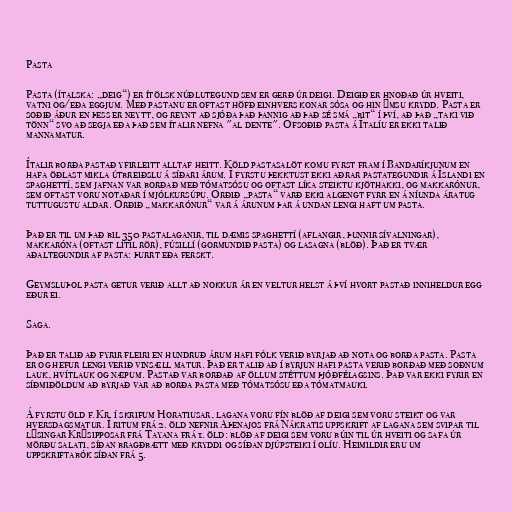
Pasta

Pasta (ítalska: „deig“) er ítölsk núðlutegund sem er gerð úr deigi. Deigið er hnoðað úr hveiti,
vatni og/eða eggjum. Með pastanu er oftast höfð einhvers konar sósa og hin ýmsu krydd. Pasta er
soðið áður en þess er neytt, og reynt að sjóða það þannig að það sé smá „bit“ í því, að það „taki við
tönn“ svo að segja eða það sem ítalir nefna "al dente". Ofsoðið pasta á Ítalíu er ekki talið
mannamatur.

Ítalir borða pastað yfirleitt alltaf heitt. Köld pastasalöt komu fyrst fram í Bandaríkjunum en
hafa öðlast mikla útbreiðslu á síðari árum. Í fyrstu þekktust ekki aðrar pastategundir á Íslandi en
spaghettí, sem jafnan var borðað með tómatsósu og oftast líka steiktu kjöthakki, og makkarónur,
sem oftast voru notaðar í mjólkursúpu. Orðið „pasta“ varð ekki algengt fyrr en á níunda áratug
tuttugustu aldar. Orðið „makkarónur“ var á árunum þar á undan lengi haft um pasta.

Það er til um það bil 350 pastalaganir, til dæmis spaghettí (aflangir, þunnir sívalningar),
makkaróna (oftast lítil rör), fúsillí (gormundið pasta) og lasagna (blöð). Það er tvær
aðaltegundir af pasta: þurrt eða ferskt.

Geymsluþol pasta getur verið allt að nokkur ár en veltur helst á því hvort pastað inniheldur egg
eður ei.

Saga.

Það er talið að fyrir fleiri en hundruð árum hafi fólk verið byrjað að nota og borða pasta. Pasta
er og hefur lengi verið vinsæll matur. Það er talið að í byrjun hafi pasta verið borðað með soðnum
lauk, hvítlauk og næpum. Pastað var borðað af öllum stéttum þjóðfélagsins. Það var ekki fyrir en
síðmiðöldum að byrjað var að borða pasta með tómatsósu eða tómatmauki.

Á fyrstu öld f.Kr. í skrifum Horatiusar, lagana voru fín blöð af deigi sem voru steikt og var
hversdagsmatur. Í ritum frá 2. öld nefnir Aþenajos frá Nákratis uppskrift af lagana sem svipar til
lýsingar Krýsipposar frá Tayana frá 1. öld: blöð af deigi sem voru búin til úr hveiti og safa úr
mörðu salati, síðan bragðbætt með kryddi og síðan djúpsteiki í olíu. Heimildir eru um
uppskriftabók síðan frá 5.